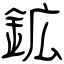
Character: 鉱